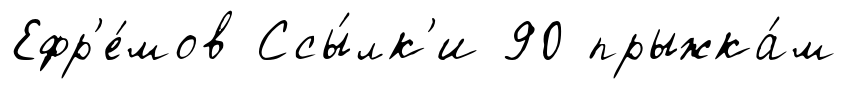
Ефр'е́мов Ссы́лк'и 90 прыжка́м